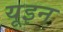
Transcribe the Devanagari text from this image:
यूइन